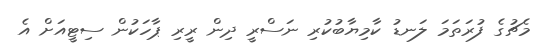
މެޗުގެ ފުރަތަމަ ލަނޑު ކާމިޔާބުކުރި ނަސްރީ ދިން ރީރި ޕާހަކުން ސިޓީއަށް އެ